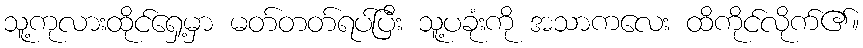
သူ့ကုလားထိုင်ရှေ့မှာ မတ်တတ်ရပ်ပြီး သူ့ပခုံးကို အသာကလေး ထိကိုင်လိုက်၏။